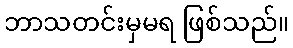
ဘာသတင်းမှမရ ဖြစ်သည်။